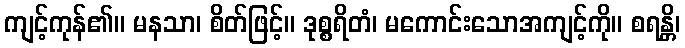
ကျင့်ကုန်၏။ မနသာ၊ စိတ်ဖြင့်။ ဒုစ္စရိတံ၊ မကောင်းသောအကျင့်ကို။ စရန္တိ၊